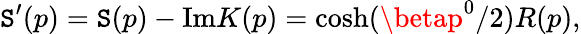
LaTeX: \mathtt{S}^{\prime}(p)=\mathtt{S}(p)-\mathrm{{Im}}K(p)=\cosh(\betap^{0}/2)R(p),